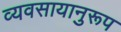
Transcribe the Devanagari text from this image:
व्यवसायानुरूप